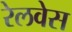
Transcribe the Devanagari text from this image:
रेलवेस